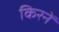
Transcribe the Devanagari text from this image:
किरनें